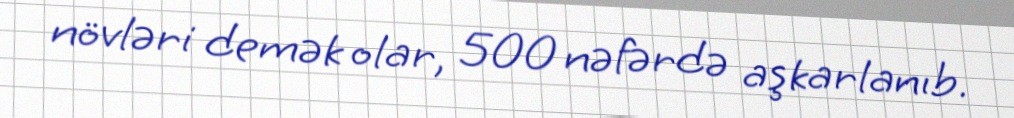
növləri demək olar, 500 nəfərdə aşkarlanıb.